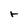
Character: r